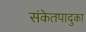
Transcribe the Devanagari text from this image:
संकेतपादुका